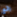
رائع